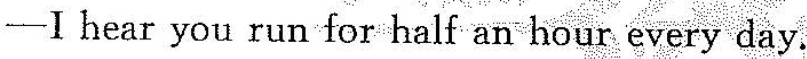
-Ⅰ hear you run for half an hour every day.